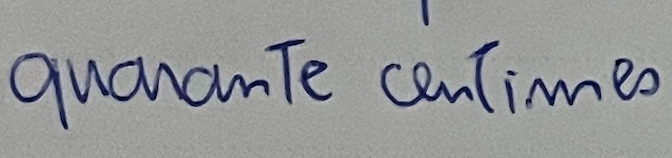
quarante centimes